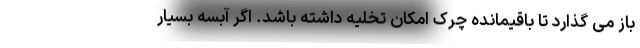
باز می گذارد تا باقیمانده چرک امکان تخلیه داشته باشد. اگر آبسه بسیار